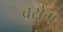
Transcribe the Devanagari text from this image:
बरोग